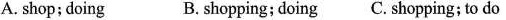
A. shop;doing B. shopping; doing C. Shopping; to do